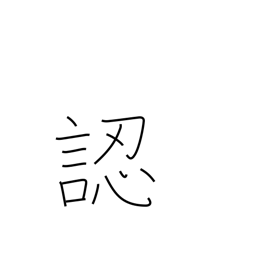
Meaning: discern